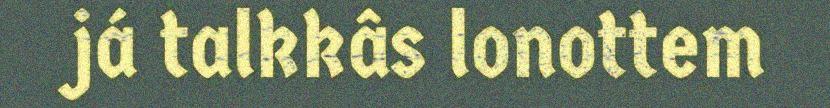
já talkkâs lonottem